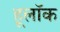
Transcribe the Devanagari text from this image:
हूलॉक